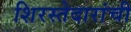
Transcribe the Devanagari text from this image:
शिरस्तेदारांची